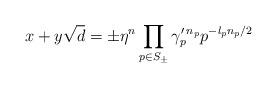
LaTeX: \begin{align*} x+y\sqrt d = \pm\eta ^n\prod_{p \in S_\pm}\gamma ' _p{}^{n_p}p^{-l_pn_p/2} \end{align*}